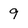
Character: 9